Calcutta medical institutions reports 1871-78
Year: 1871
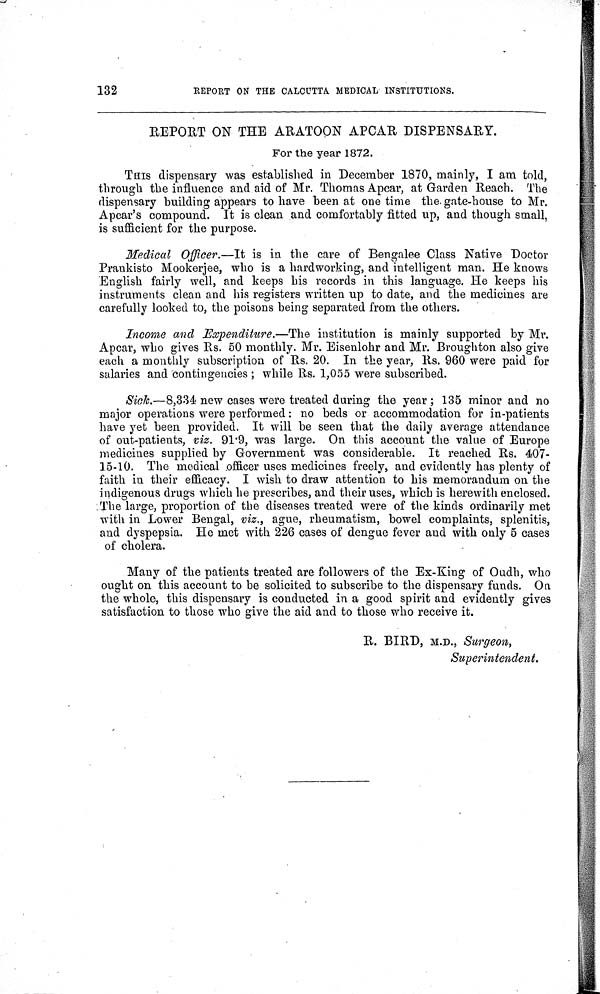
132
REPORT ON THE CALCUTTA MEDICAL INSTITUTIONS.
REPORT ON THE ARATOON APCAR DISPENSARY.
For the year 1872.
THIS dispensary was established in December 1870, mainly, I am told,
through the influence and aid of Mr. Thomas Apcar, at Garden Reach. The
dispensary building appears to have been at one time the gate-house to Mr.
Apcar's compound. It is clean and comfortably fitted up, and though small,
is sufficient for the purpose.
Medical Officer.—It is in the care of Bengalee Class Native Doctor
Prankisto Mookerjee, who is a hardworking, and intelligent man. He knows
English fairly well, and keeps his records in this language. He keeps his
instruments clean and his registers written up to date, and the medicines are
carefully looked to, the poisons being separated from the others.
Income and Expenditure.—The institution is mainly supported by Mr.
Apcar, who gives Rs. 50 monthly. Mr. Eisenlohr and Mr. Broughton also give
each a monthly subscription of Rs. 20. In the year, Rs. 960 were paid for
salaries and contingencies; while Rs. 1,055 were subscribed.
Sick.—8,334 new cases were treated during the year; 135 minor and no
major operations were performed: no beds or accommodation for in-patients
have yet been provided. It will be seen that the daily average attendance
of out-patients, viz. 91.9, was large. On this account the value of Europe
medicines supplied by Government was considerable. It reached Rs. 407-
15-10. The medical officer uses medicines freely, and evidently has plenty of
faith in their efficacy. I wish to draw attention to his memorandum on the
indigenous drugs which he prescribes, and their uses, which is herewith enclosed.
The large, proportion of the diseases treated were of the kinds ordinarily met
with in Lower Bengal, viz., ague, rheumatism, bowel complaints, splenitis,
and dyspepsia. He met with 226 cases of dengue fever and with only 5 cases
of cholera.
Many of the patients treated are followers of the Ex-King of Oudh, who
ought on this account to be solicited to subscribe to the dispensary funds. On
the whole, this dispensary is conducted in a good spirit and evidently gives
satisfaction to those who give the aid and to those who receive it.
R. BIRD, M.D., Surgeon,
Superintendent.